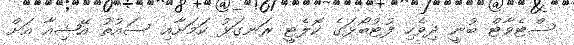
ސްޓެވާޓް ބުނީ ދިވެހި ފުޓުބޯޅަގެ ކޮލެޓީ ރަނގަޅު ކަމަށާއި ސައުތު އޭޝިއާ އަށް